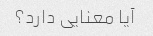
آیا معنایی دارد؟